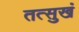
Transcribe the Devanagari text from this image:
तत्सुखं